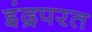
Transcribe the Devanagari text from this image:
इंद्रपरत